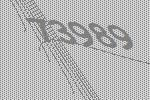
73989